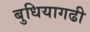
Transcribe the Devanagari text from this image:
बुधियागढी